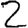
Digit: 2